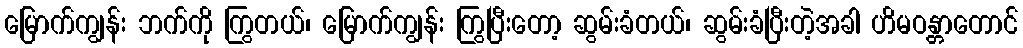
မြောက်ကျွန်း ဘက်ကို ကြွတယ်၊ မြောက်ကျွန်း ကြွပြီးတော့ ဆွမ်းခံတယ်၊ ဆွမ်းခံပြီးတဲ့အခါ ဟိမဝန္တာတောင်